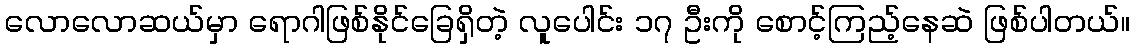
လောလောဆယ်မှာ ရောဂါဖြစ်နိုင်ခြေရှိတဲ့ လူပေါင်း ၁၇ ဦးကို စောင့်ကြည့်နေဆဲ ဖြစ်ပါတယ်။